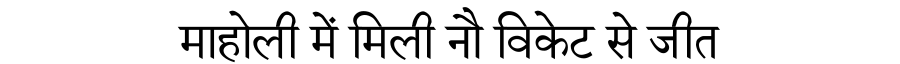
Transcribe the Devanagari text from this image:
माहोली में मिली नौ विकेट से जीत